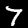
Label: 7